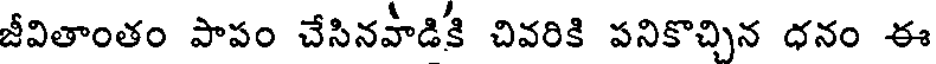
జీవితాంతం పాపం చేసినపాడికి చివరికి పనికొచ్చిన ధనం ఈ